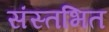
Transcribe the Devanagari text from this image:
संस्तभित